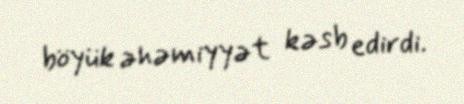
böyük əhəmiyyət kəsb edirdi.